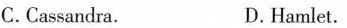
C.Cassandra. D.Hamlet.